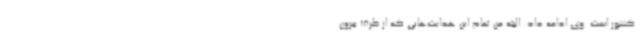
کشور است. وی ادامه داد: البته من تمام این هدایت‌هایی که از طرف بیرون